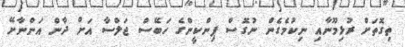
ތިގޮތަށް ރުޅިމޫނާއި ނިކުމެގެން ނުގޮސް ޕިންކީންގެ ހަބޭސް ޖަލްސާ އަށް ދާން އަންނާށޭ